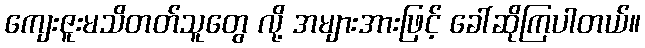
ကျေးဇူးမသိတတ်သူတွေ လို့ အများအားဖြင့် ခေါ်ဆိုကြပါတယ်။